Document type: Sale
Year: 1440
Scribe: Pere Pau Pujades
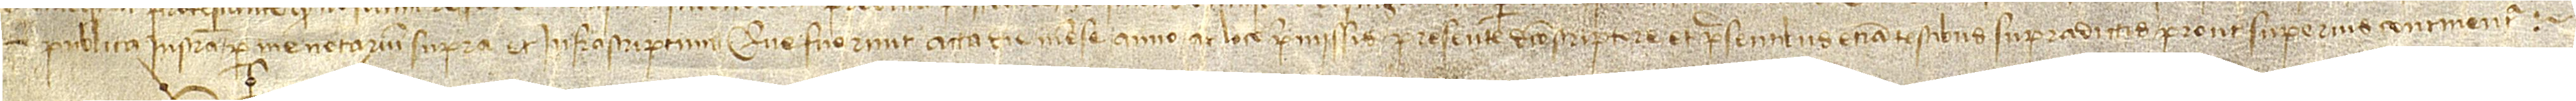
publica instrumenta per me, notarium supra et infra scriptum. Que fuerunt acta die, mense, anno ac loco premissis, presente dicto scriptore et presentibus etiam testibus supradictis, prout superius continentur.